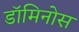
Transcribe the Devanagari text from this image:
डॉमिनोस